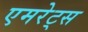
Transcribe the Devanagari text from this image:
एमरेट्स